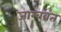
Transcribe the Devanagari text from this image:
जाम्बवंत